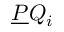
{ \underline { { P } } } Q _ { i }